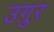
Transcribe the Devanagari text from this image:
उग़ुर